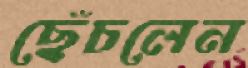
ছেঁচলেন